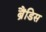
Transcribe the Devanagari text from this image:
ब्रैंडिस